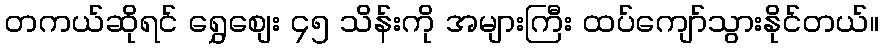
တကယ်ဆိုရင် ရွှေစျေး ၄၅ သိန်းကို အများကြီး ထပ်ကျော်သွားနိုင်တယ်။